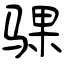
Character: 骒